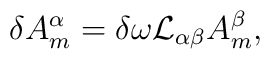
\delta A^{\alpha}_m = \delta \omega {\cal L}_{\alpha \beta}A^{\beta}_m,